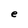
Character: e